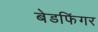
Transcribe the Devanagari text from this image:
बेडफिंगर